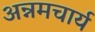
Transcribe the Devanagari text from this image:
अन्नमचार्य